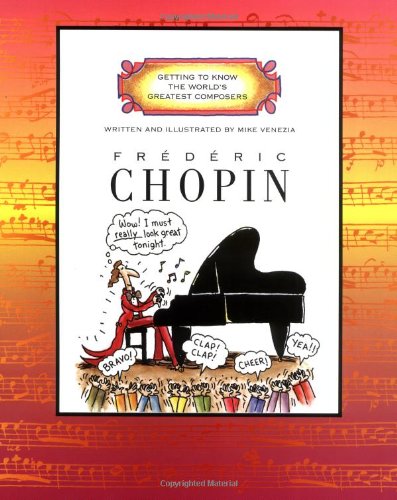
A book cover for Frederic Chopin (Getting to Know the World's Greatest Composers); Mike Venezia; Children's Books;